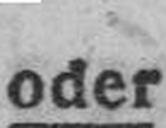
oder